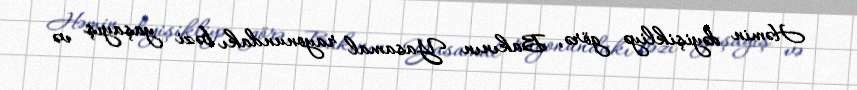
Həmin dəyişikliyə görə, Bakının Yasamal rayonundakı bəzi yaşayış və